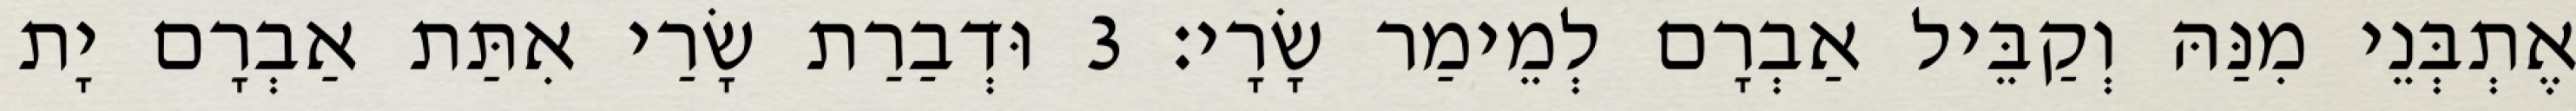
אֶתְבְּנֵי מִנַּהּ וְקַבֵּיל אַבְרָם לְמֵימַר שָׂרָי׃ 3 וּדְבַרַת שָׂרַי אִתַּת אַבְרָם יָת